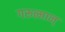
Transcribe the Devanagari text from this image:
गरुत्मान्